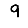
Digit: 9